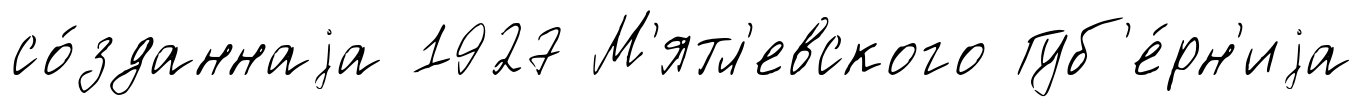
со́зданнаjа 1927 М'ятл'евского Губ'е́рн'иjа